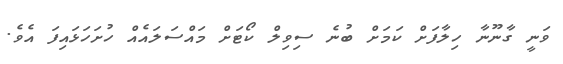
ވަނީ ގާނޫނާ ހިލާފަށް ކަމަށް ބުނެ ސިވިލް ކޯޓަށް މައްސަލައެއް ހުށަހަޅައިފަ އެވެ.